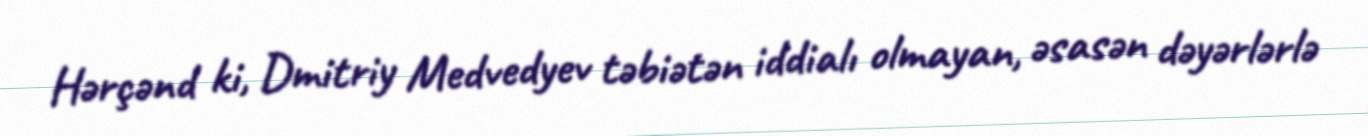
Hərçənd ki, Dmitriy Medvedyev təbiətən iddialı olmayan, əsasən dəyərlərlə